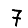
Digit: 7